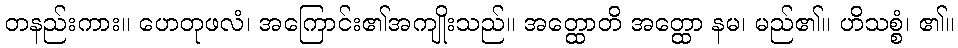
တနည်းကား။ ဟေတုဖလံ၊ အကြောင်း၏အကျိုးသည်။ အတ္ထောတိ အတ္ထော နမ၊ မည်၏။ ဟိသစ္စံ၊ ၏။